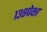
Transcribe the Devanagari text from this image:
१३८पेक्षा